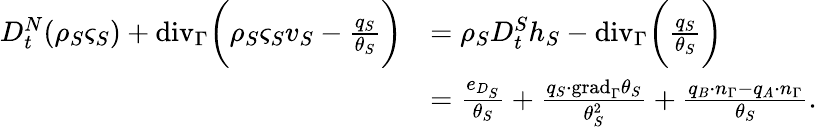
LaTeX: \begin{array}{rl}{D_{t}^{N}(\rho_{S}\varsigma_{S})+\mathrm{{div}}_{\Gamma}\bigg(\rho_{S}\varsigma_{S}v_{S}-\frac{q_{S}}{\theta_{S}}\bigg)}&{=\rho_{S}D_{t}^{S}h_{S}-{\mathrm{div}}_{\Gamma}\bigg(\frac{q_{S}}{\theta_{S}}\bigg)}\\ &{=\frac{e_{D_{S}}}{\theta_{S}}+\frac{q_{S}\cdot\mathrm{{grad}}_{\Gamma}\theta_{S}}{\theta_{S}^{2}}+\frac{q_{B}\cdot n_{\Gamma}-q_{A}\cdot n_{\Gamma}}{\theta_{S}}.}\end{array}